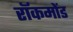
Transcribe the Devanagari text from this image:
रॉकमोंड